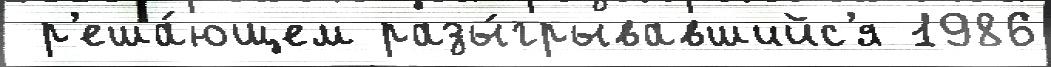
 р'еша́ющем разы́грывавшийс'я 1986